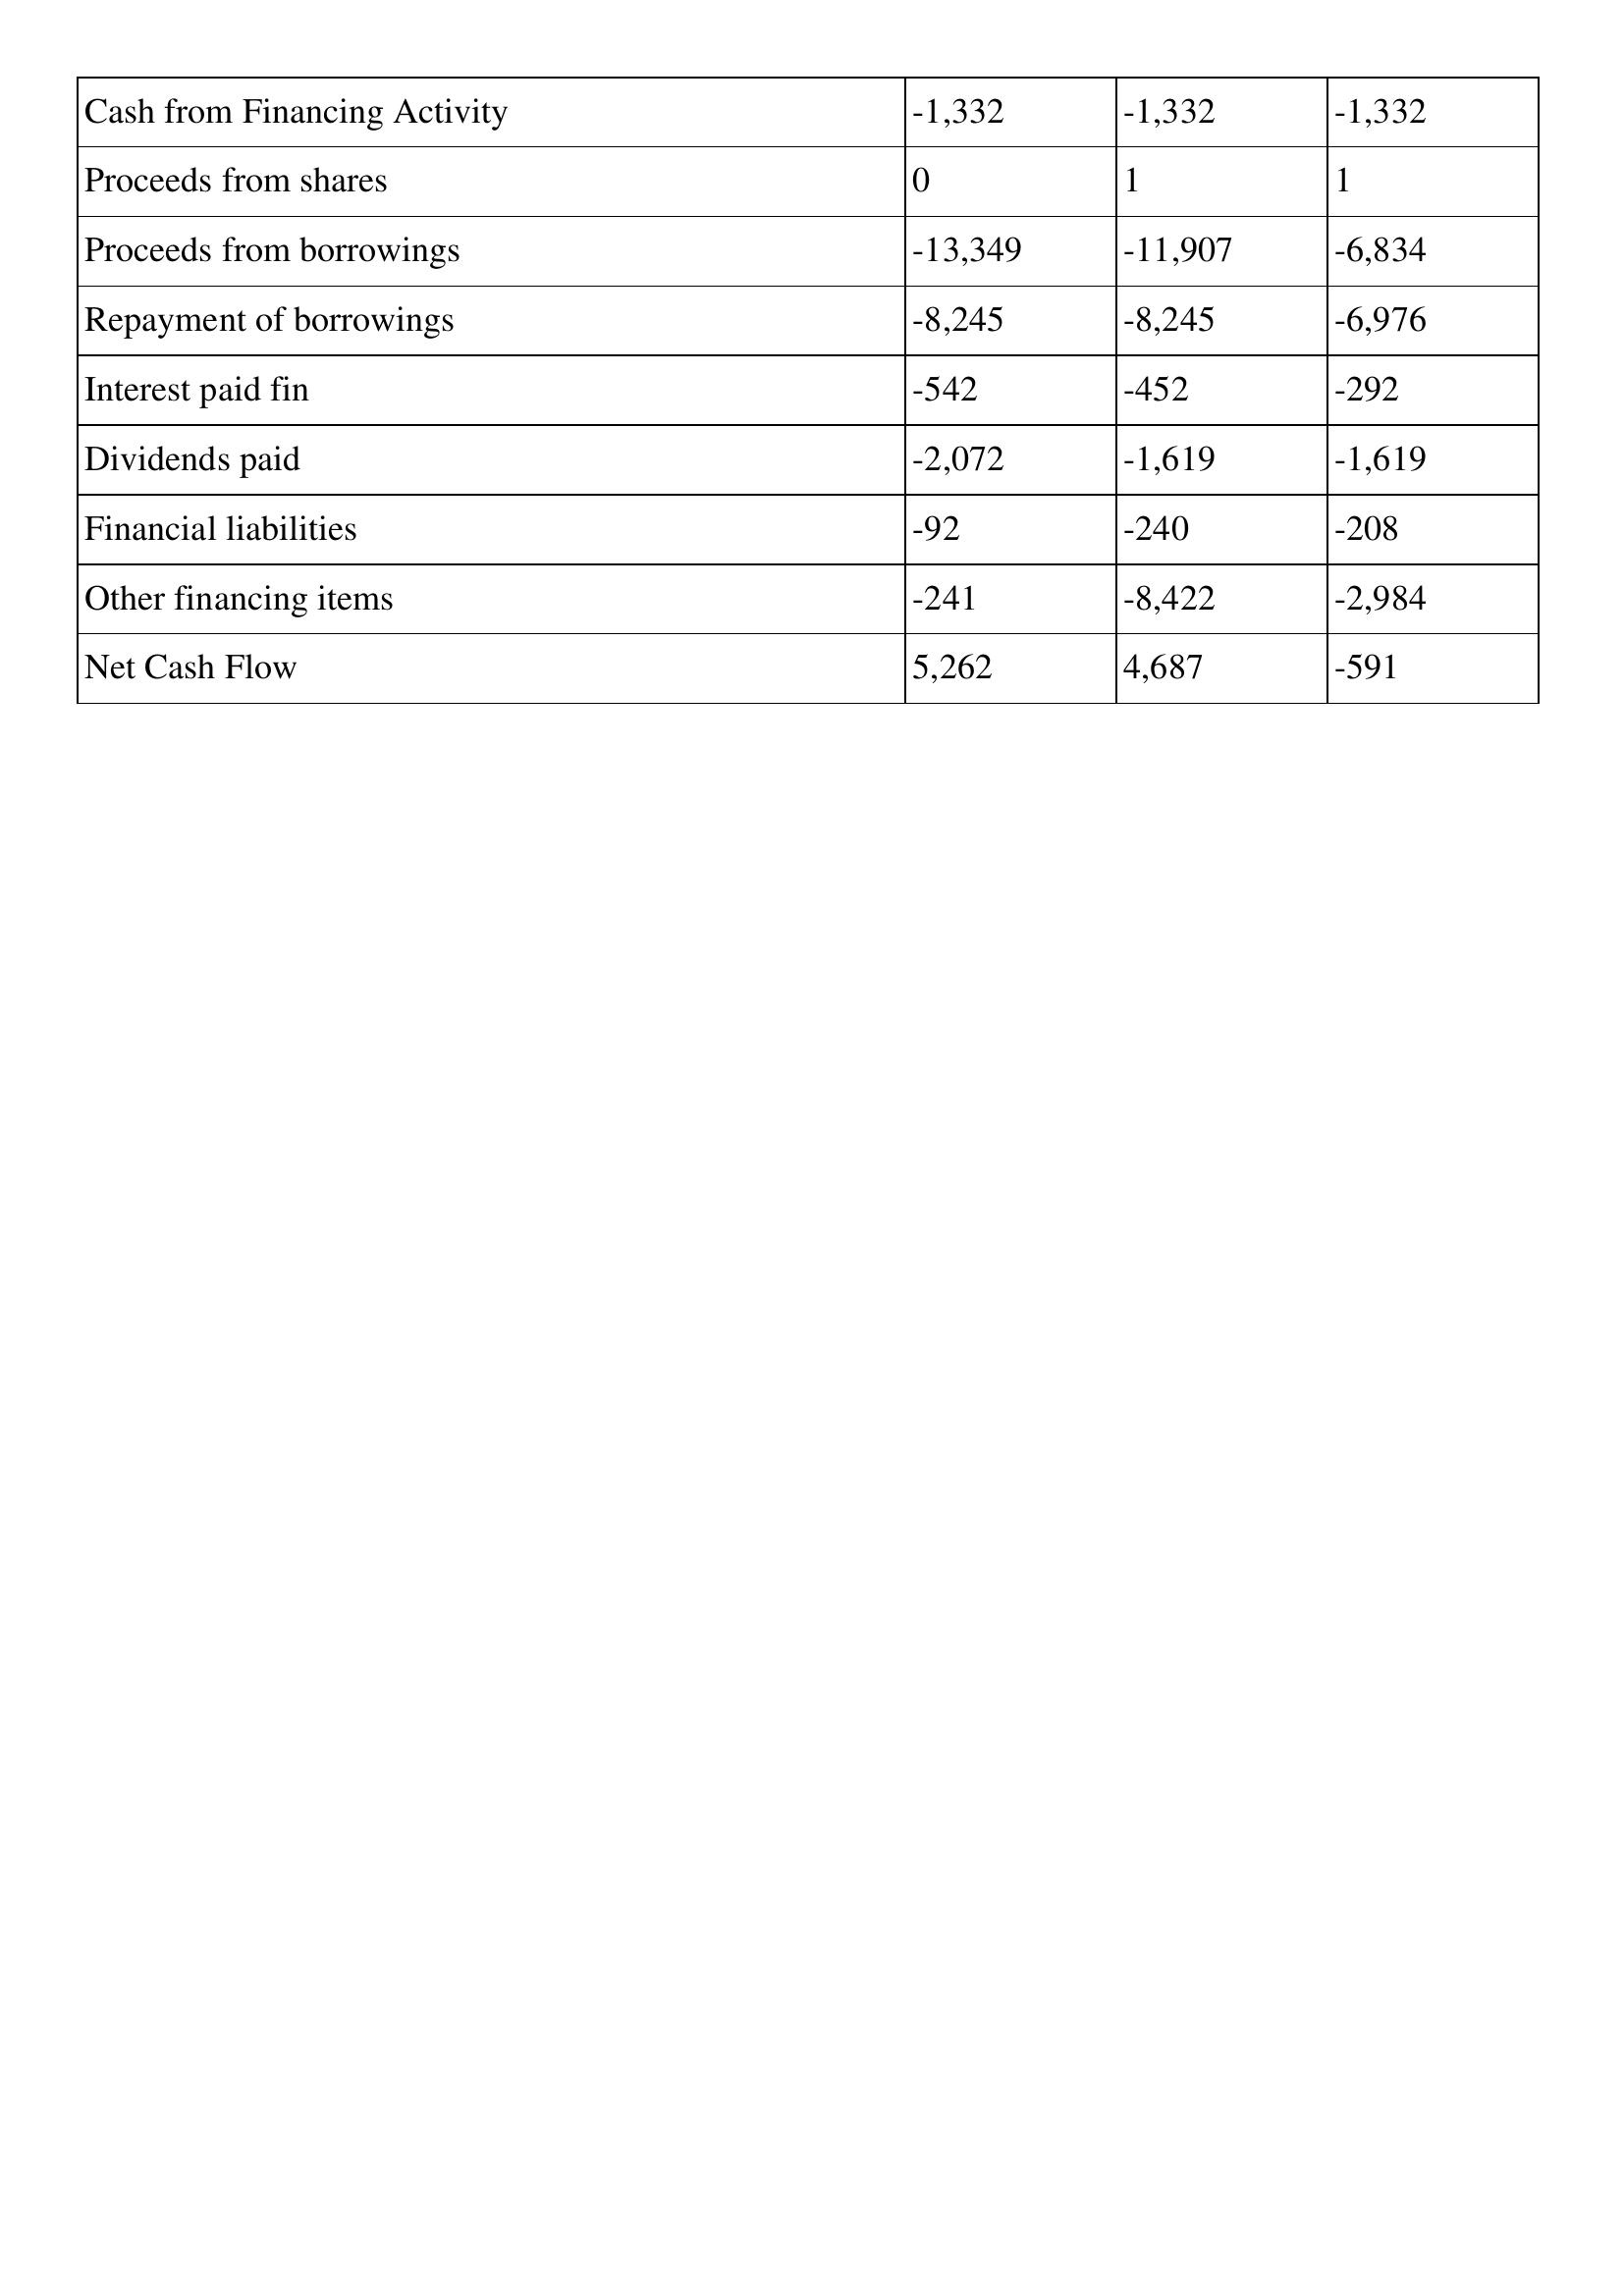
gt_parse: 1995: Cash Flows: Cash from Financing Activity: -1,332
Proceeds from shares: 0
Proceeds from borrowings: -13,349
Repayment of borrowings: -8,245
Interest paid fin: -542
Dividends paid: -2,072
Financial liabilities: -92
Other financing items: -241
Net Cash Flow: 5,262
1994: Cash Flows: Cash from Financing Activity: -1,332
Proceeds from shares: 1
Proceeds from borrowings: -11,907
Repayment of borrowings: -8,245
Interest paid fin: -452
Dividends paid: -1,619
Financial liabilities: -240
Other financing items: -8,422
Net Cash Flow: 4,687
1993: Cash Flows: Cash from Financing Activity: -1,332
Proceeds from shares: 1
Proceeds from borrowings: -6,834
Repayment of borrowings: -6,976
Interest paid fin: -292
Dividends paid: -1,619
Financial liabilities: -208
Other financing items: -2,984
Net Cash Flow: -591